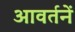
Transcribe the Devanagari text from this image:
आवर्तनें